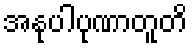
အနုပါပုဏာတူတိ